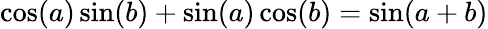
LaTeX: \cos(a)\sin(b)+\sin(a)\cos(b)=\sin(a+b)